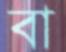
বা